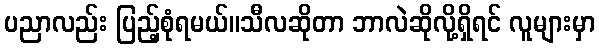
ပညာလည်း ပြည့်စုံရမယ်။သီလဆိုတာ ဘာလဲဆိုလို့ရှိရင် လူများမှာ